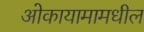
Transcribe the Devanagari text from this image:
ओकायामामधील